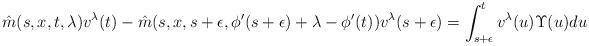
LaTeX: \begin{align*}\hat{m}(s,x,t,\lambda)v^{\lambda}(t)-\hat{m}(s,x,s+\epsilon,\phi'(s+\epsilon)+\lambda-\phi'(t))v^{\lambda}(s+\epsilon)=\int_{s+\epsilon}^{t} v^{\lambda}(u)\Upsilon(u)du\end{align*}